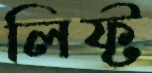
লিফ্ট